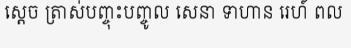
ស្តេច ត្រាស់បញ្ចុះបញ្ចូល សេនា ទាហាន រេហ៍ ពល